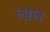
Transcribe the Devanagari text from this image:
लाल